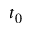
t _ { 0 }